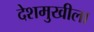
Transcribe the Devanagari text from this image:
देशमुखीला